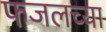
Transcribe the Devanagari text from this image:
फजलच्या